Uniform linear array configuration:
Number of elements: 4
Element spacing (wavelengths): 0.5
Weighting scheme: uniform
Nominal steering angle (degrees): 30
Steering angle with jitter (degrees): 30.038
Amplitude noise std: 0.05
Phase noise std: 0.05

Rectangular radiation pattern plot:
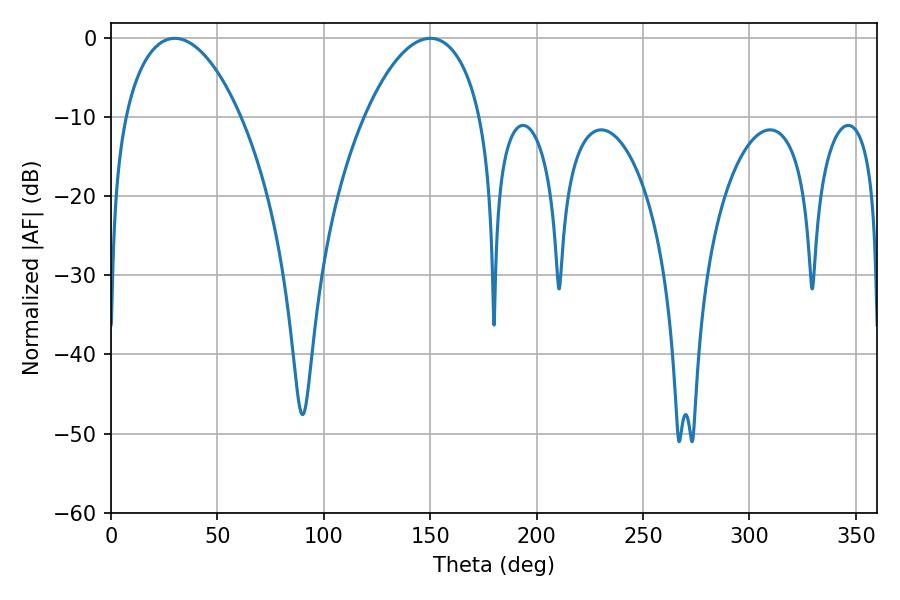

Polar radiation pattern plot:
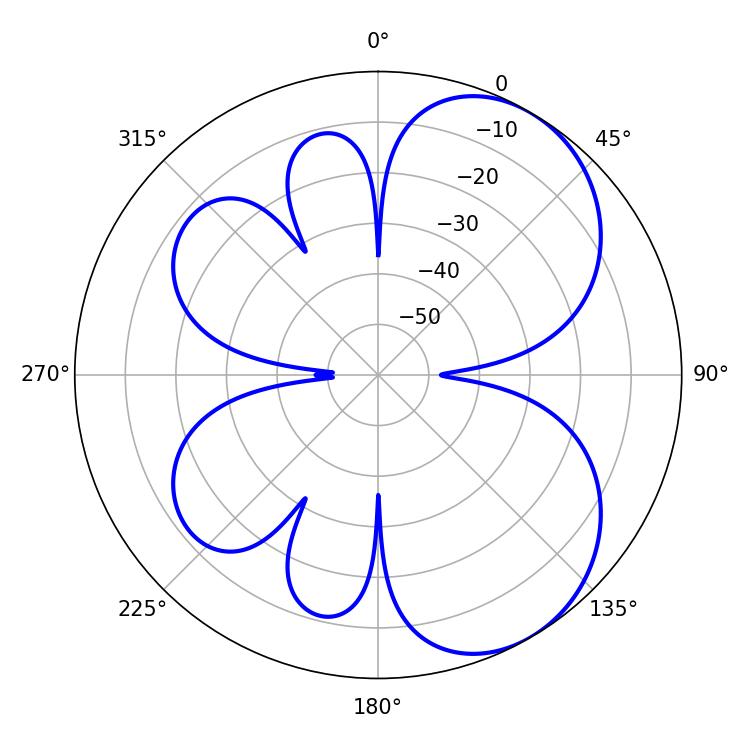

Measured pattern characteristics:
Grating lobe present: FALSE
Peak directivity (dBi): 5.733
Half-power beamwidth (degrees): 30.78
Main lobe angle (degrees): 29.88